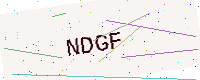
Text: NDGF